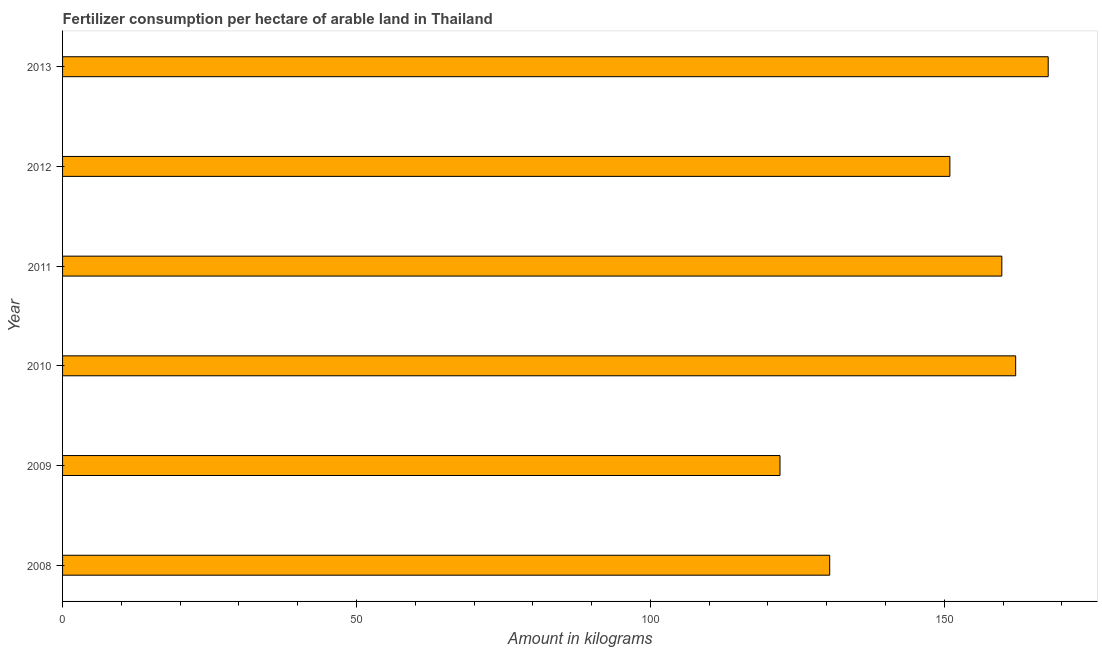
| Year | Fertilizer consumption |
 | --- | --- |
 | 2008 | 131 |
 | 2009 | 122 |
 | 2010 | 162 |
 | 2011 | 160 |
 | 2012 | 151 |
 | 2013 | 168 |